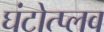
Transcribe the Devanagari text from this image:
घंटोत्प्लव